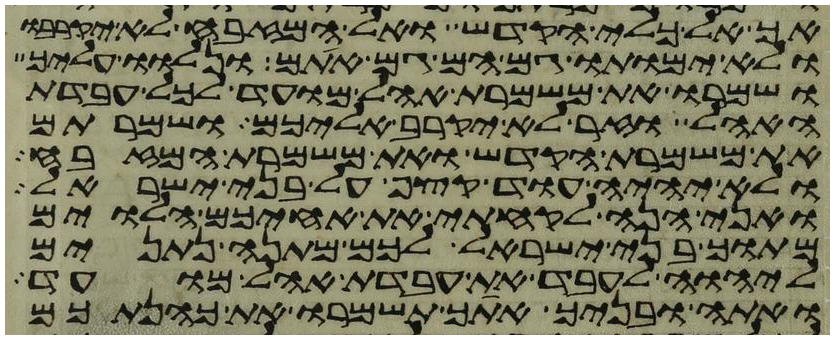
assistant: אך אל כלי הקדש ואל המזבח לא יקרבו
ולא ימותו גם הם גם אתם ונלוו עליך
ושמרו את משמרת אהל מועד לכל עבדת
האהל וזר לא יקרב אליכם ושמרתם
את משמרת הקדש ואת משמרת המזבח
ולא יהיה עוד קצף על בני ישראל
ואני הנה לקחתי את אחיכם הלוים
מתוך בני ישראל לכם מתנה נתנים
ליהוה לעבד את עבדת אהל מועד
ואתה ובניך אתך תשמרו את כהנתכם